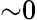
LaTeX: {\sim}0